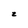
Character: z